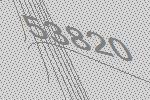
53820